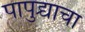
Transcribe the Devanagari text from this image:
पापुद्र्याचा